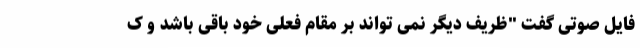
فایل صوتی گفت "ظریف دیگر نمی تواند بر مقام فعلی خود باقی باشد و ک